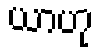
ယာဟု